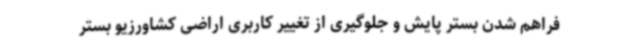
فراهم شدن بستر پایش و جلوگیری از تغییر کاربری اراضی کشاورزیو بستر